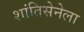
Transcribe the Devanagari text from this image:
शांतिसेनेला